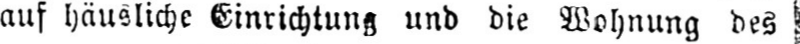
auf häusliche Einrichtung und die Wohnung des